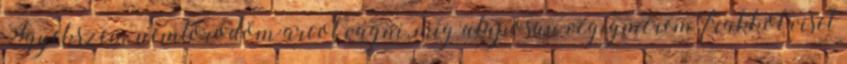
Igyekszem nemtörődöm arcot vágni, míg alaposan végigmérem, frakkot visel